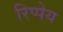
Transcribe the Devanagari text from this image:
रिप्पेय